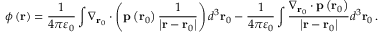
\phi \left( \mathbf { r } \right) = { \frac { 1 } { 4 \pi \varepsilon _ { 0 } } } \int \nabla _ { \mathbf { r } _ { 0 } } \cdot \left( \mathbf { p } \left( \mathbf { r } _ { 0 } \right) { \frac { 1 } { \left| \mathbf { r } - \mathbf { r } _ { 0 } \right| } } \right) d ^ { 3 } \mathbf { r } _ { 0 } - { \frac { 1 } { 4 \pi \varepsilon _ { 0 } } } \int { \frac { \nabla _ { \mathbf { r } _ { 0 } } \cdot \mathbf { p } \left( \mathbf { r } _ { 0 } \right) } { \left| \mathbf { r } - \mathbf { r } _ { 0 } \right| } } d ^ { 3 } \mathbf { r } _ { 0 } \, .